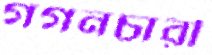
গগনচারী